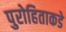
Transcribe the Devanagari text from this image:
पुरोहिताकडे